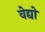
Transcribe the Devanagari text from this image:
वेद्यो